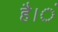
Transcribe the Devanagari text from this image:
है।ं